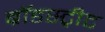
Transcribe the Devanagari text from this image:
ब्रॉडस्ट्रीट